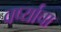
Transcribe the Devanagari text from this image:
वर्ष्याचा